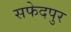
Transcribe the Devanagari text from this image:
सफेदपुर